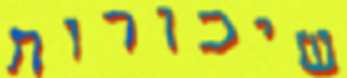
שיכורות